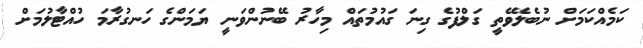
ކަމެއްކަމަށް ނުބެލެވޭތީ ގަލްފުގެ ގިނަ ގައުމުތައް މިހާރު ބޭނުންވަނީ ޔަމަންގެ ހަނގުރާމަ ހުއްޓާލުމަށް